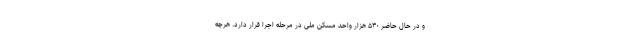
و در حال حاضر ۵۳۰ هزار واحد مسکن ملی در مرحله اجرا قرار دارد. هرچه